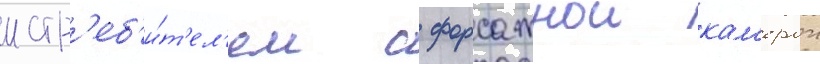
истр'еб'и́т'ел'ем с форсажнои кам'ерои